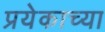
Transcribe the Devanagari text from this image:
प्रयेकाच्या